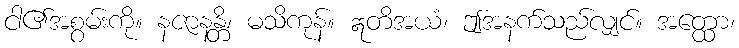
ငါ၏အစွမ်းကို။ နဇာနန္တိ၊ မသိကုန်။ ဣတိအယံ၊ ဤအနက်သည်လျှင်။ အတ္ထော၊